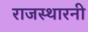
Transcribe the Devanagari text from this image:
राजस्थारनी